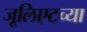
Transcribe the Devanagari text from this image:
जूलिएटच्या